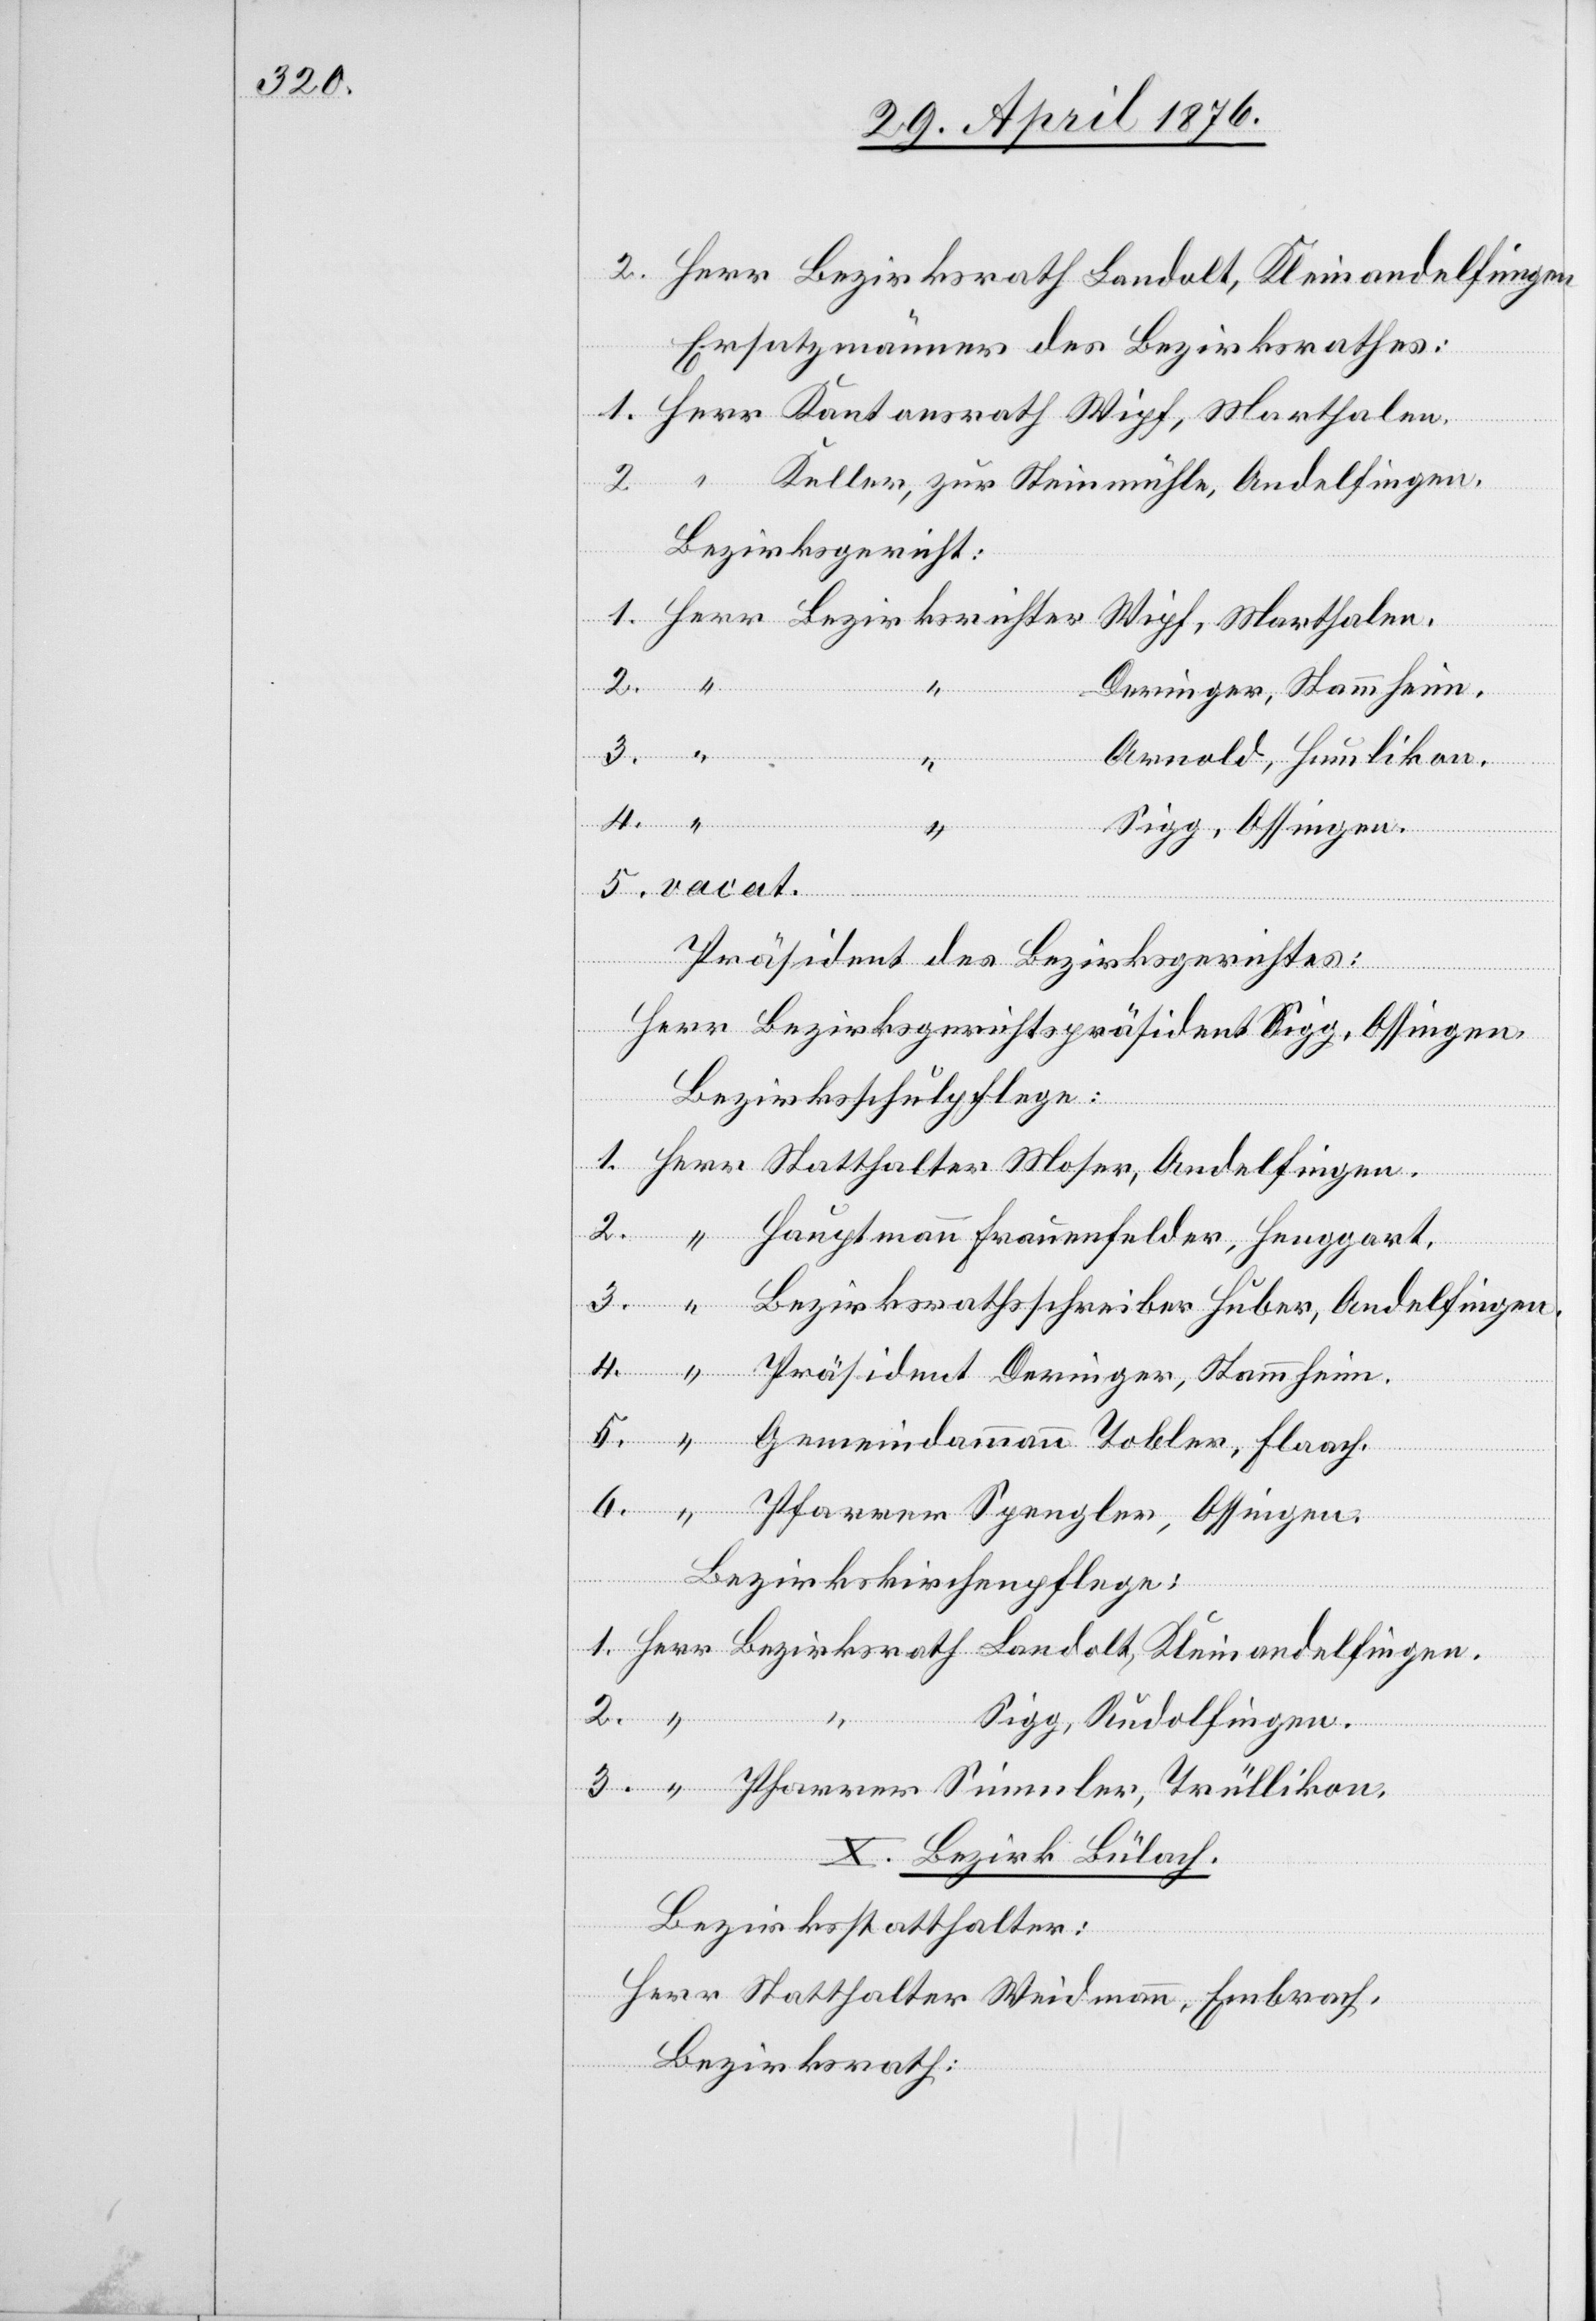
Ersatzmänner des Bezirksrathes:
Keller, zur Steinmühle, Andelfingen.
Bezirksricht¬
2.
Deringer, Stammheim.
Simmler,
3.
Arnold, Humlikon.
6.
Sigg, Ossingen.
4.
Präsident des Bezirksgerichtes:
Herr Bezirksgerichtspräsident Sigg, Ossingen.
Bezirksschulpflege:
Klei¬
1.
Sigg, Rudolfingen.
X. Bezirk Bülach.
Bezirksstatthalter:
Herr Statthalter Weidmann, Embrach.
Bezirksrath: